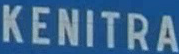
KENITRA